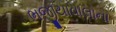
ભજીયાવાલાના